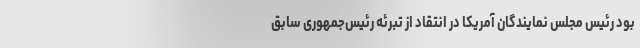
بود رئیس مجلس نمایندگان آمریکا در انتقاد از تبرئه رئیس‌جمهوری سابق